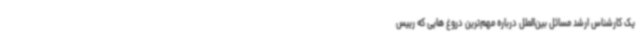
یک کارشناس ارشد مسائل بین‌الملل درباره مهم‌ترین دروغ هایی که رییس